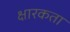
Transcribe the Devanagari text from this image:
क्षारकता